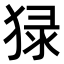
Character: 𤟘